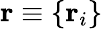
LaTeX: \mathbf{r}\equiv\{ \mathbf{r}_{i}\}